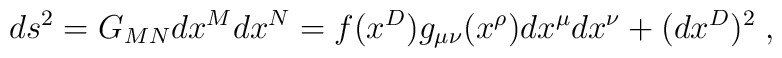
ds^2=G_{MN}dx^M dx^N=f(x^D)g_{\mu\nu}(x^\rho)dx^\mu dx^\nu + (dx^D)^2 \; ,